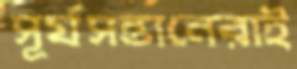
সূর্যসন্তানেরাই